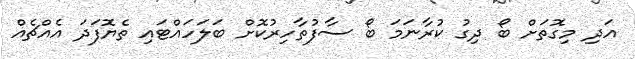
އަދި މިގޮތަށް ބޯ ދިގު ކުރާނަމަ ބޯ ސާފުތާހިރުކޮށް ބަލަހައްޓައި ތެޔޮފަދަ އެއްޗެއް